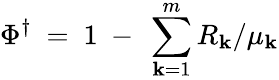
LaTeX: \Phi^{\dagger}\ =\ 1\ -\ \sum_{\mathbf{k}=1}^{m}R_{\mathbf{k}}/\mu_{\mathbf{k}}